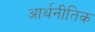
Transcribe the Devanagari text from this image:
आर्थनीतिक